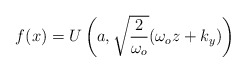
\begin{align*}f(x)=U\left( a,\sqrt{\frac{2}{\omega _{o}}}(\omega _{o}z+k_{y})\right)\end{align*}